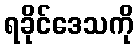
ရခိုင်ဒေသကို